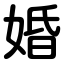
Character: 婚